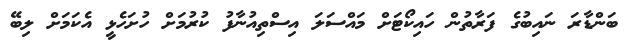
ބަންޑާރަ ނައިބުގެ ފަރާތުން ހައިކޯޓަށް މައްސަލަ އިސްތިއުނާފު ކުރުމަށް ހުށަހެޅީ އެކަމަށް ލިބޭ